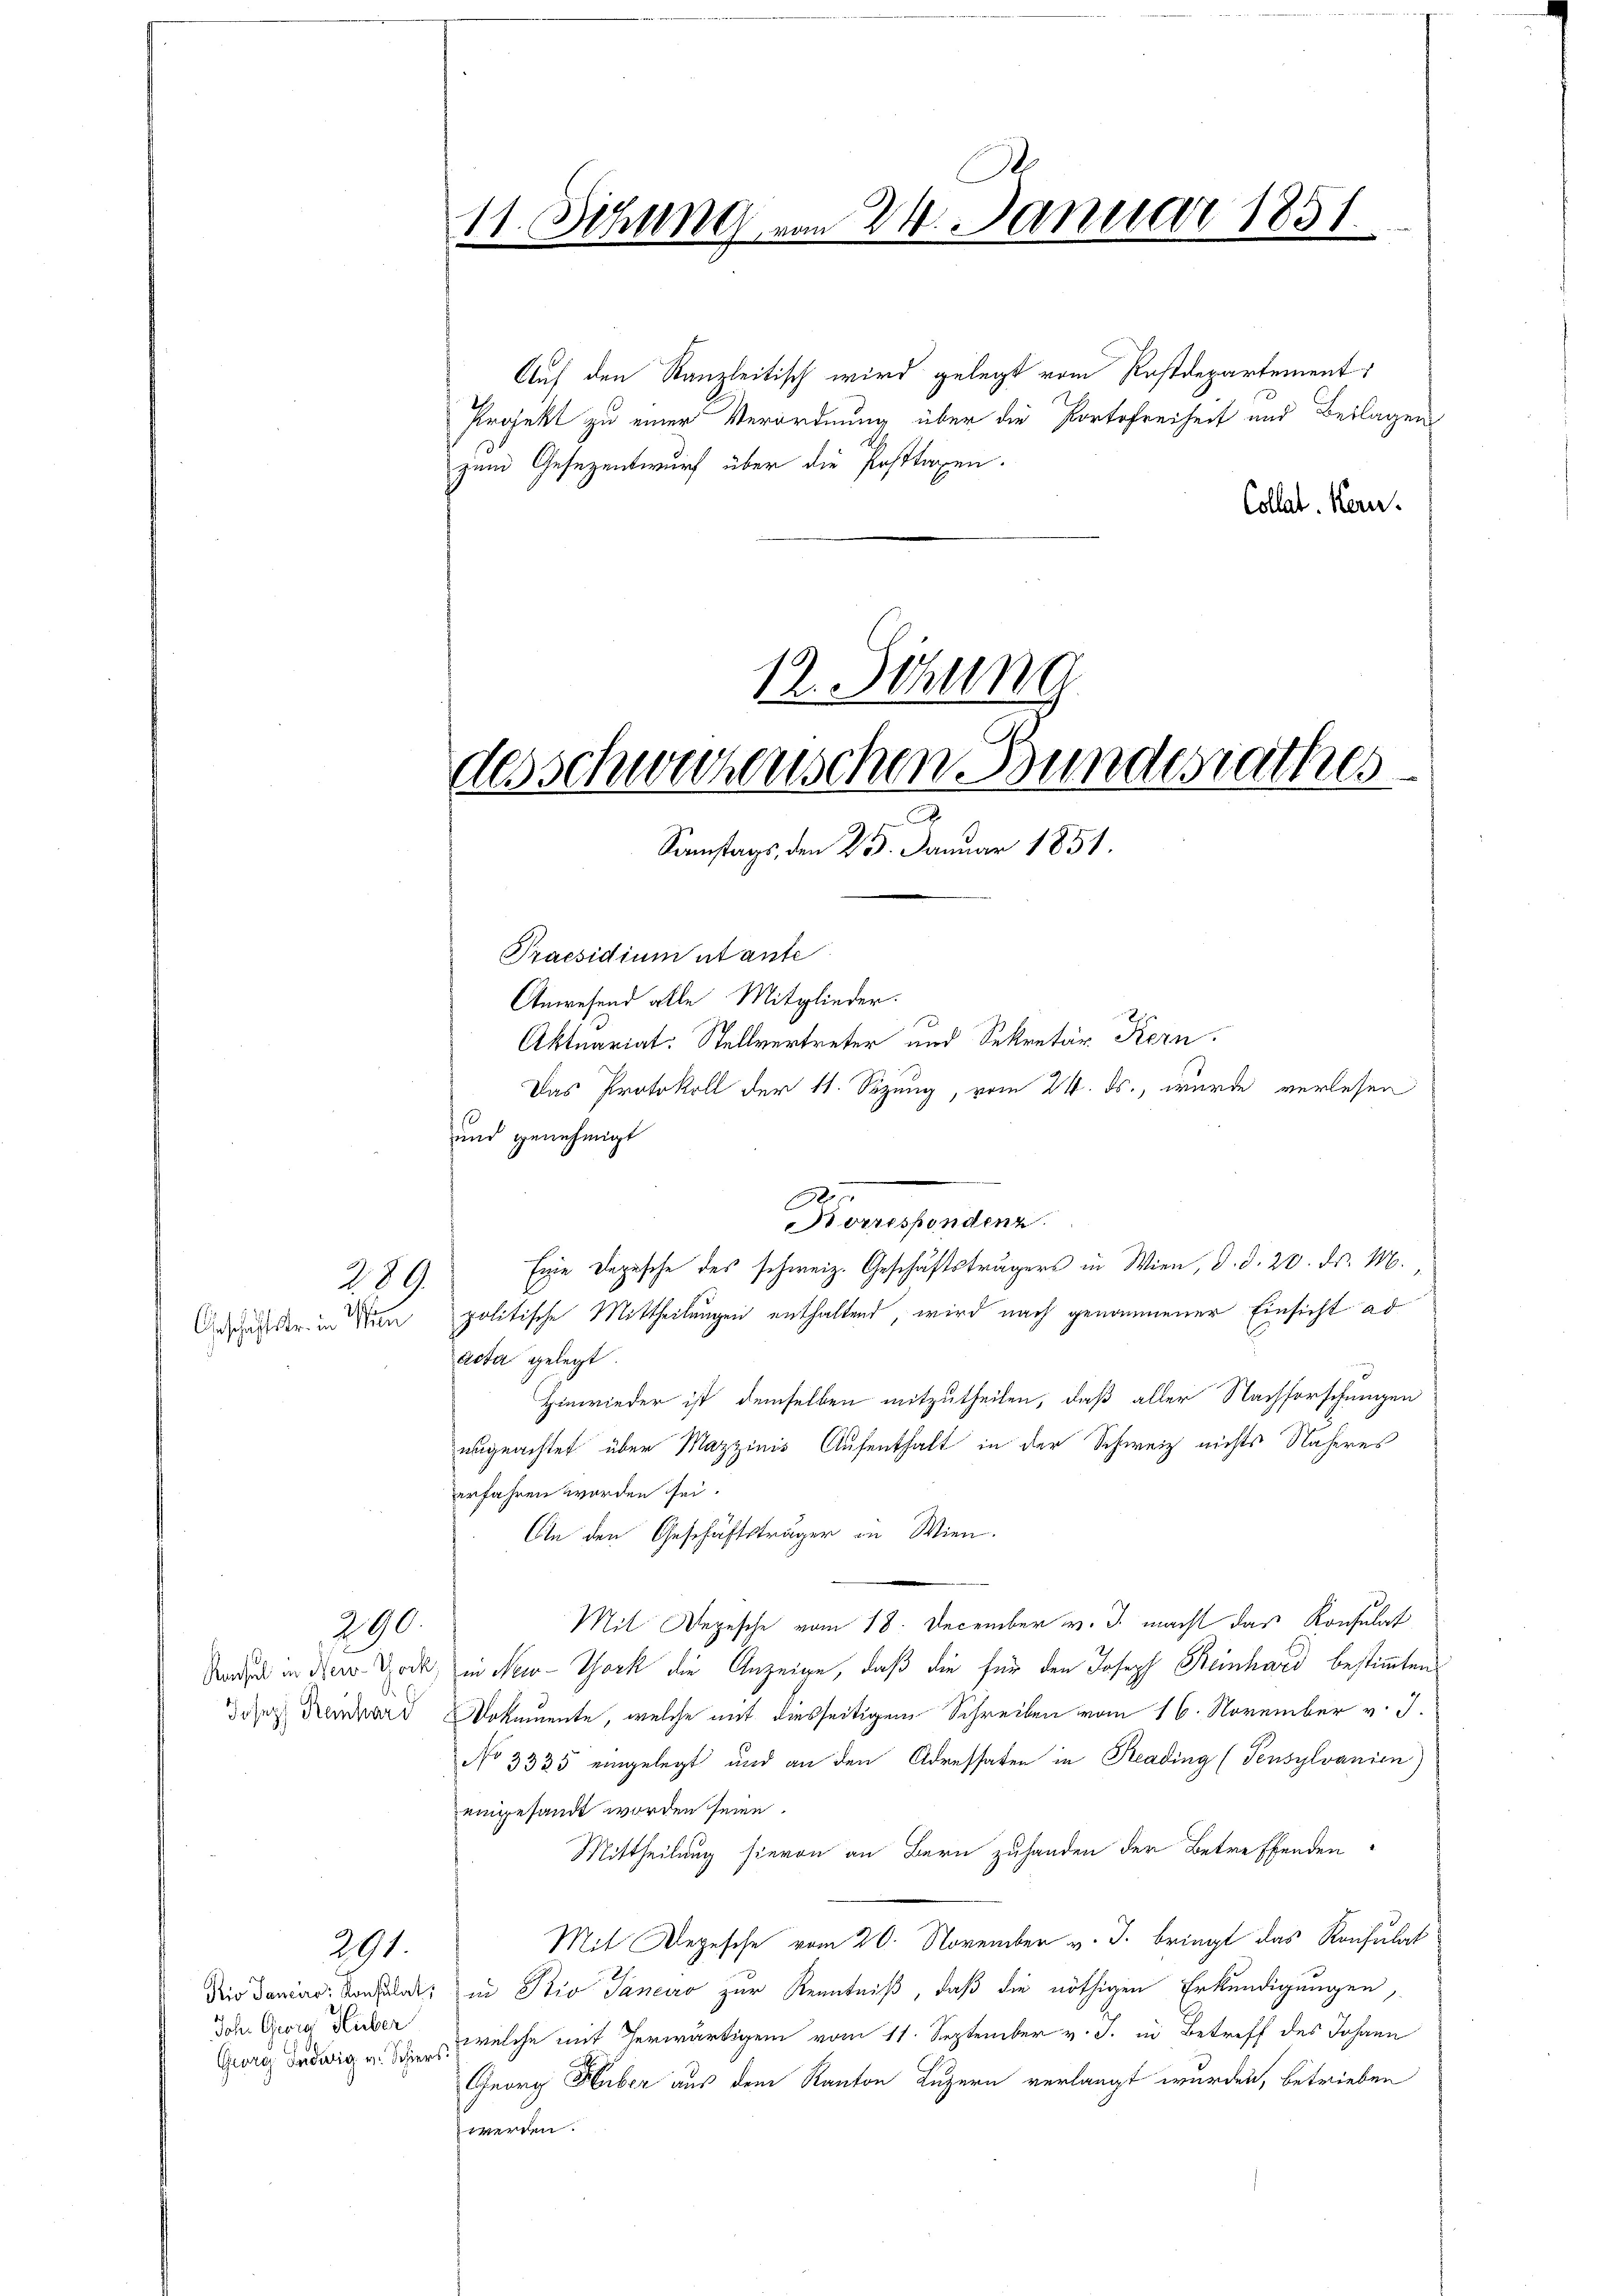
289

Geschäftster in Mein

Konsul in New-York
Joseph Ranhard

290.

Rio Sancore Konsulat,
Joh. Georg Hluber
Georg Ludwig v. Schiers

291

Auf den Kanzleitisch wird gelegt vom Postdepartements
Projekt zu einer Verordnung über die Portofreiheit und Beilagen
zum Gesezentwurf über die Posttaxen.
Collat. Kern.

e
11. Sitzung vom 24. Januar 1851

12. Sitzung
des schwerzenschen Bundesrathes
Samstags, den 25. Januar 1851.

Praesidium utante
Anwesend alle Mitglieder.
Aktuariat: Stellvertreter und Sekretär Kern.
Das Protokoll der 11. Sezung, vom 24. ds., wurde verlesen
und genehmigt
.
A
orrespondenz.
Eine Depesche des schweiz. Geschäftsträgers in Wien, d. d. 20. ds. M.
politische Mittheilungen enthaltend wird nach genommener Einsicht ad
Acta gelegt.
Hinwieder ist demselben mitzutheilen, daß aller Nachforschungen
ungeachtet über Mazzinis Aufenthalt in der Schweiz nichts Näheres
erfahren worden sei.
An den Geschäftsträger in Wien.
Mit Depesche vom 18. December v. J. macht das Konsulat
in New-York die Anzeige, daß die für den Joseph Steinhard bestimmten
Dokumente, welche mit desseitigen Schreiben vom 16. November v. J.
No 3335 eingelegt und an den Adressaten in Reading (Tensylvanien
eingesandt worden seine.
Mittheilung hievon an Bern zuhanden der Betreffenden
Mit Depesche vom 20. November v. J. bringt das Konsulat
in Stio Janeiro zur Kenntniß, daß die nöthigen Erkundigungen,
welche mit herwärtigem vom 11. September v. J. in Betreff des Johann
Georg Huber aus dem Kanton Luzern verlangt wurden, betrieben
werden.